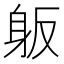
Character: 𰸺